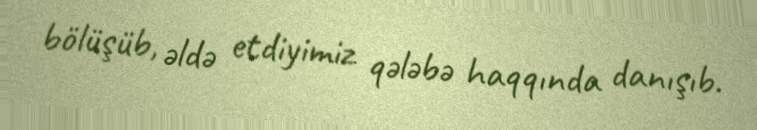
bölüşüb, əldə etdiyimiz qələbə haqqında danışıb.